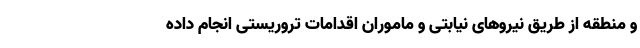
و منطقه از طریق نیروهای نیابتی و ماموران اقدامات تروریستی انجام داده